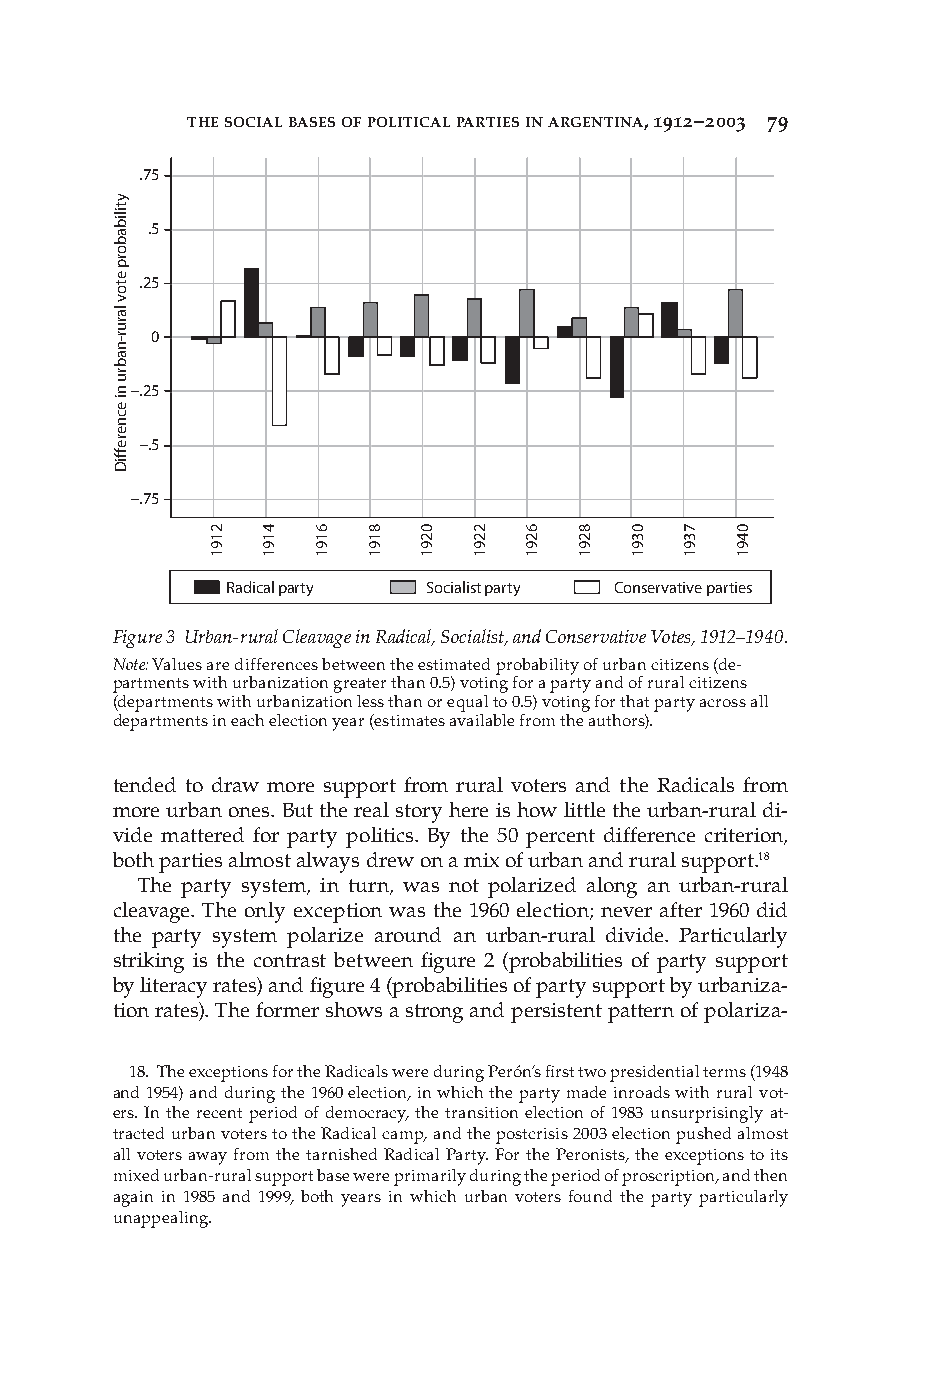
THE SOCIAL BASES OF POLITICAL PARTIES IN ARGENTINA, 1912–2003 79
 .75
 .5
 .25
 0
 –.25
 –.5
 –.75
 Radical party Socialist party Conservative parties
 Figure 3 Urban-rural Cleavage in Radical, Socialist, and Conservative Votes, 1912–1940.
 Note: Values are differences between the estimated probability of urban citizens (de-
 partments with urbanization greater than 0.5) voting for a party and of rural citizens
 (departments with urbanization less than or equal to 0.5) voting for that party across all
 departments in each election year (estimates available from the authors).
 tended to draw more support from rural voters and the Radicals from
 more urban ones. But the real story here is how little the urban-rural di-
 vide mattered for party politics. By the 50 percent difference criterion,
 both parties almost always drew on a mix of urban and rural support.18
 The party system, in turn, was not polarized along an urban-rural
 cleavage. The only exception was the 1960 election; never after 1960 did
 the party system polarize around an urban-rural divide. Particularly
 striking is the contrast between fi gure 2 (probabilities of party support
 by literacy rates) and fi gure 4 (probabilities of party support by urbaniza-
 tion rates). The former shows a strong and persistent pattern of polariza-
 18. The exceptions for the Radicals were during Perón’s fi rst two presidential terms (1948
 and 1954) and during the 1960 election, in which the party made inroads with rural vot-
 ers. In the recent period of democracy, the transition election of 1983 unsurprisingly at-
 tracted urban voters to the Radical camp, and the postcrisis 2003 election pushed almost
 all voters away from the tarnished Radical Party. For the Peronists, the exceptions to its
 mixed urban-rural support base were primarily during the period of proscription, and then
 again in 1985 and 1999, both years in which urban voters found the party particularly
 unappealing.
 PP44993366..iinnddbb 7799                         1122//99//0088 66::4422::2277 AAMM
 ytilibaborp
 etov
 larur-nabru
 ni
 ecnereffiD
 2191 4191 6191 8191 0291 2291 6291 8291 0391 7391 0491